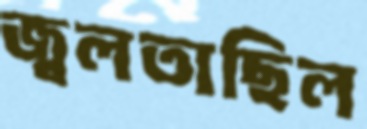
জ্বলতাছিল